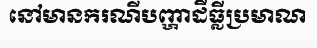
នៅមានករណីបញ្ហាដីធ្លីប្រមាណ